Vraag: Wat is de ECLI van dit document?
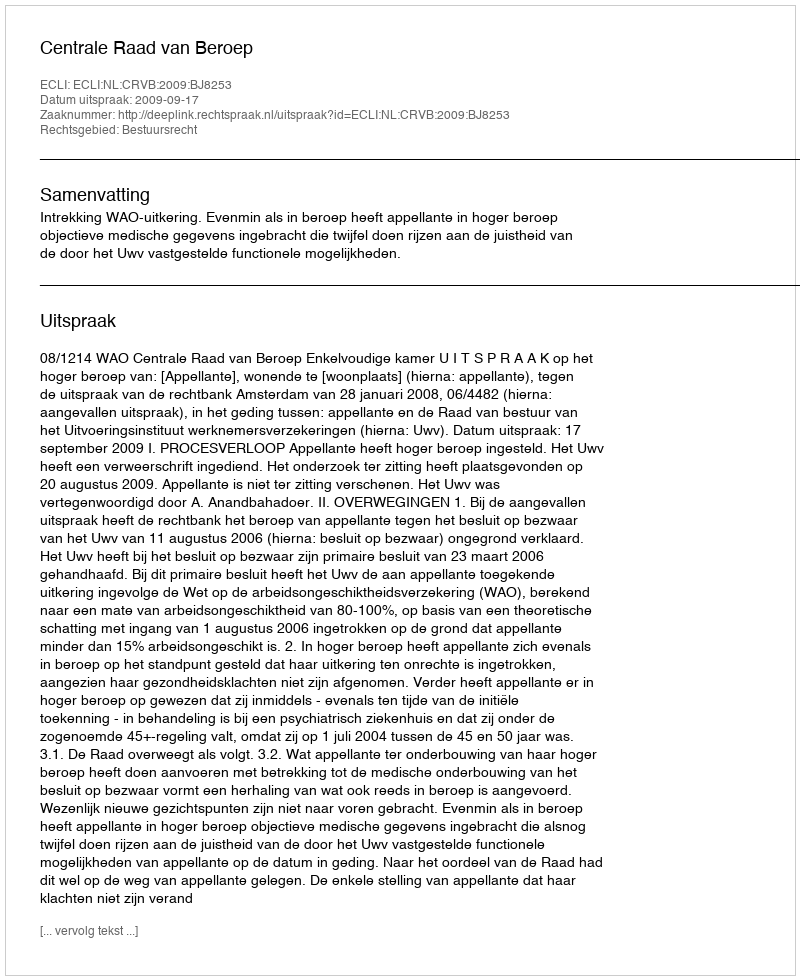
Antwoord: ECLI:NL:CRVB:2009:BJ8253